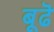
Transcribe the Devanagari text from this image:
बूढॆ